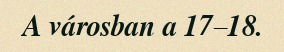
A városban a 17–18.